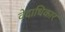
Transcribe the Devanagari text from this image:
वेदाधिकार